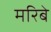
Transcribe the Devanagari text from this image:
मरिबे